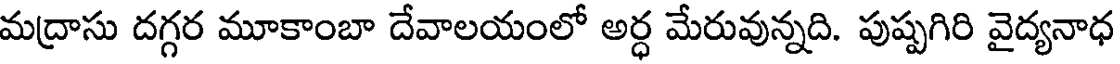
మద్రాసు దగ్గర మూకాంబా దేవాలయంలో అర్ధ మేరువున్నది. పుష్పగిరి వైద్యనాధ